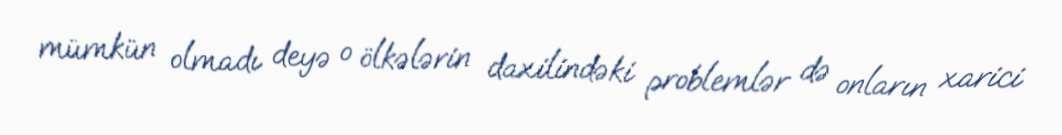
mümkün olmadı deyə o ölkələrin daxilindəki problemlər də onların xarici